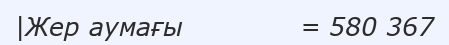
|Жер аумағы             = 580 367